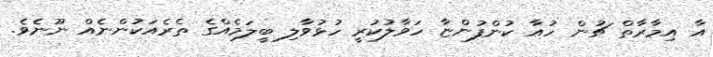
އާ އިމާރާތް ޗުން ހުއާ ކުންފުންޏާ ހަވާލުކުރީ ހުޅުވާލި ބީލަމެއްގެ ތެރެއަކުންނެއް ނޫނެވެ.